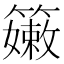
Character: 𥶄